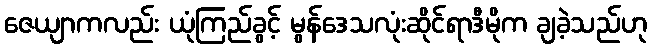
ဇေယျာကလည်း ယုံကြည်ခွင့် မွန်ဒေသလုံးဆိုင်ရာဒီမိုက ချခဲ့သည်ဟု